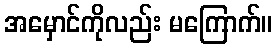
အမှောင်ကိုလည်း မကြောက်။